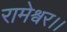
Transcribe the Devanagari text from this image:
रामेश्वर।।